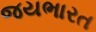
જયભારત